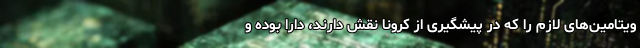
ویتامین‌های لازم را که در پیشگیری از کرونا نقش دارند، دارا بوده و